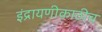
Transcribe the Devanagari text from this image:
इंद्रायणीकाठीच